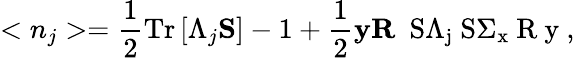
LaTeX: <n_{j}>=\frac 12\mathrm{T}\mathrm{r}\left[\Lambda_{j}{\mathbf S}\right]-1+\frac 12{\mathbf y}{\mathbf R}\mathrm{~{\mathbf~S}\Lambda_{j}{\mathbf~S}\Sigma_{x}{\mathbf~R}{\mathbf~y}~},